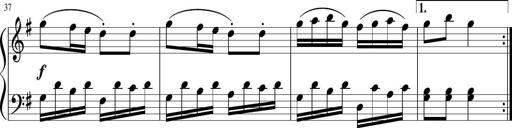
Title: 6 Progressive Sonatinas
Composer: Johann Anton AndrÃ©